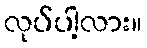
လုပ်ပါ့လား။